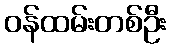
ဝန်ထမ်းတစ်ဦး